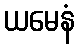
ယမေနံ